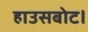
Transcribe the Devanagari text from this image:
हाउसबोट।